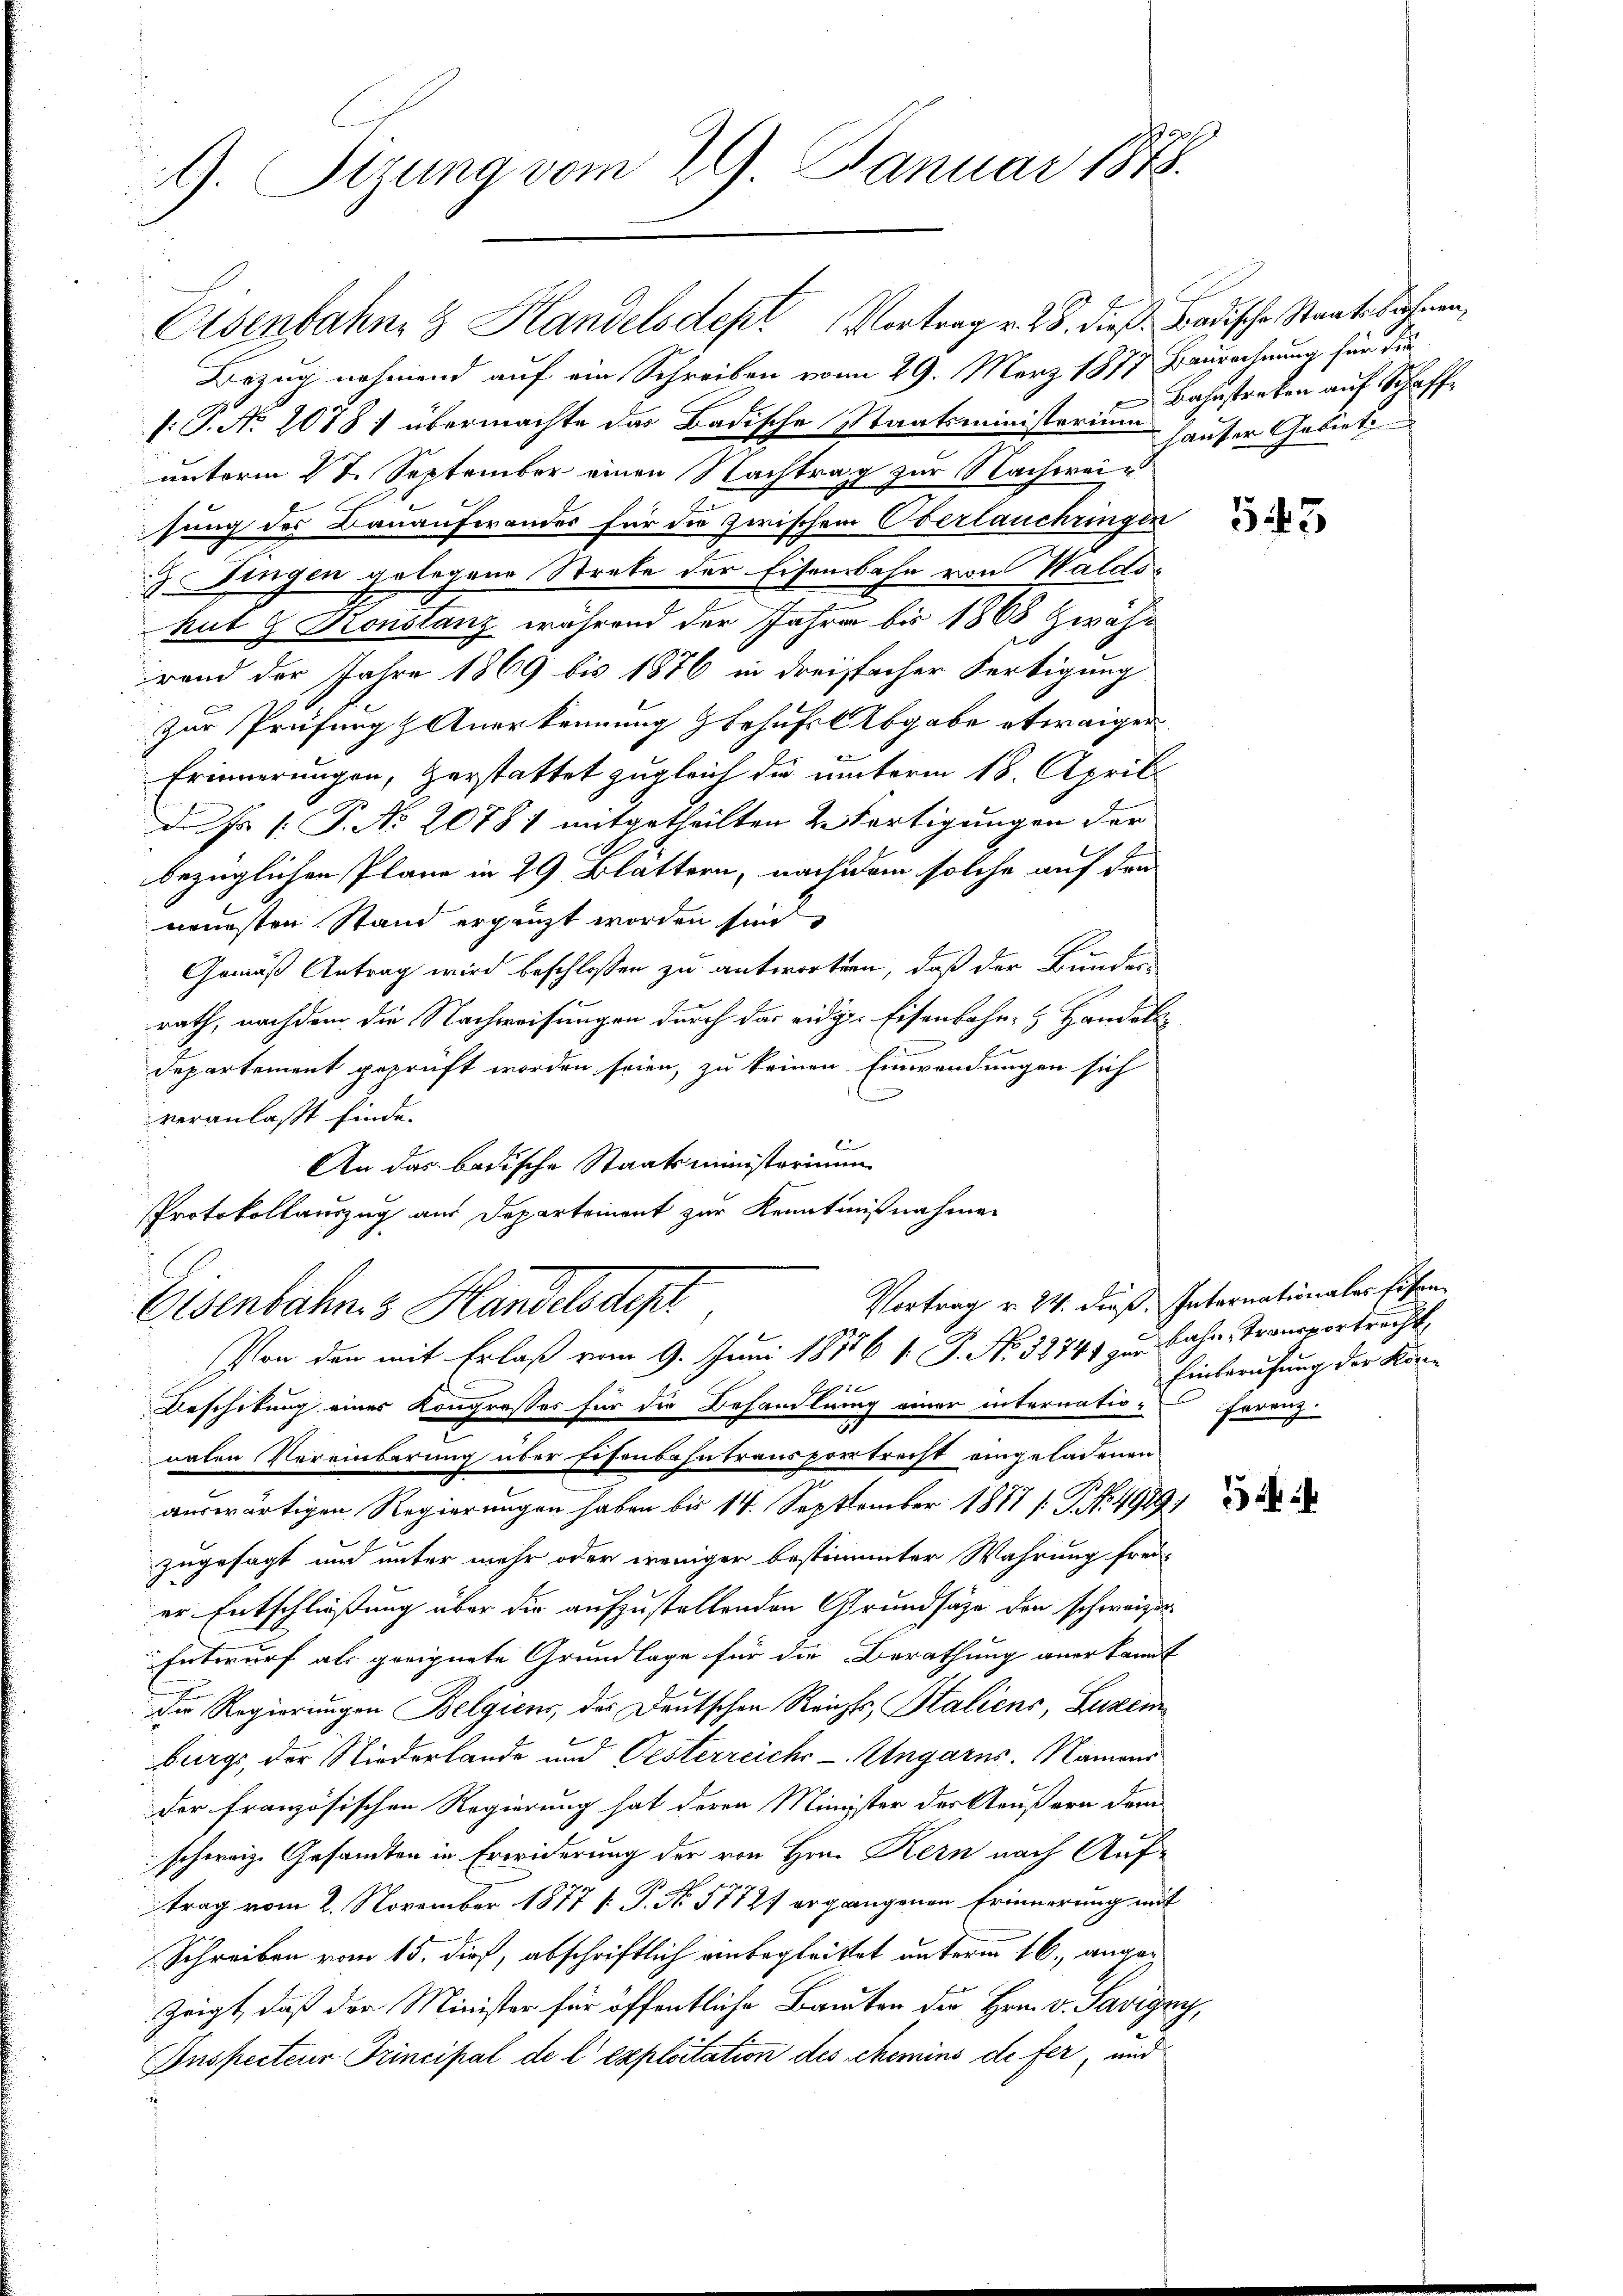
2
9. Sizung vom 29. Januar 1848.

Eisenbahne & Handelsdept Vortrag v. 28. dieß Badische Staatsbahnen,
Bezug nehmend auf ein Schreiben vom 29. März 1877 Baurechnung für die
P. P. No 1078) übermachte das Badische Staatsministerium
unterm 17. September einen Nachtrag zur Nachweisung des Bauaufwandes für die zwischen Oberlauchringen
J. Fingen gelegene Strafe der Eisenbahn von Waldskut G. Konstanz während der Jahre bis 1868 Zwährend der Jahre 1869 bis 1876 in dreisfacher Fertigung
zur Prüfung & Anerkennung behufs Abgabe etwaiger
Erinnerungen, Zerstattet zugleich die unterm 18. April
Dsr /: P. No 20781 mitgetheilten Refertigungen der
bezüglichen Plane in 29 Blättern, nachdem solche auf den
neuesten Stand ergänzt worden sind
Gemäß Antrag wird beschlossen zu antworten, daß der Bunder
rath, nachdem die Nachweisungen durch das eidiger Eisenbahn- & Handels
Departement geprüft worden seien, zu keinen Einwendungen sich
veranlaßt finde.
l
An das badische Staatsministerium
PProtokollauszug aus Departement zur Kenntnißnahmen
Vortrag v. 24. dieß. Internationales Eisen
Eisenbahn 3 Handels dept
Von den mit Erlaß vom 9. Juni 18156 f. P. Nr. 38741 zu Bahn, Transportracht,
Poh 22
Beschikung eines Kongresses für die Behandlung einer internatio-ferenz
vaten Vereinbarung über Eisenbahntransportrecht eingeladenen
.
auswärtigen Regierungen haben bis 14. September 1877 s. S. 4929.
zugesagt und unter mehr oder weniger bestimmter Wahrung frei-
er Entschließung über die aufzustellenden Grundsätze den schweizer¬
Entwurf als geeignete Grundlage für die Berathung anerkannt
Der Regierungen Belgien, des Deutschen Reichts, Staliens, Luzer
burgs, der Niederlande und Oesterreich-Ungarns. Namens
der französischen Regierung hat deren Minister der Aeußern der
schweiz. Gesandten in Erwiderung der von Hrn. Kern nach Auftrag vom 2. November 1877 [: P. Nr. 57721 ergangenen Erinnerung mit
Schreiben vom 15. dieß, abschriftlich einbegleitet unterm 16. angezeigt, daß der Minister für öffentliche Bauten der Hrn. v. Savigny,
Inspecteur Principal de l’exploitation des chemins de fer, und

Bahnstreben auf Schaffhauser Gebiete

543

Einberufung der Kön